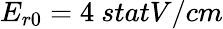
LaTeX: E_{r0}=4~{statV/cm}